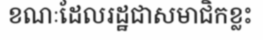
ខណៈដែលរដ្ឋជាសមាជិកខ្លះ